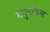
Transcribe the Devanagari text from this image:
यमुनांचल